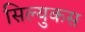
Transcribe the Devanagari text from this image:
सिल्युकस